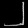
Digit: ၂